Eesti_Vabariigi_Tartu_Ulikool, lk 87
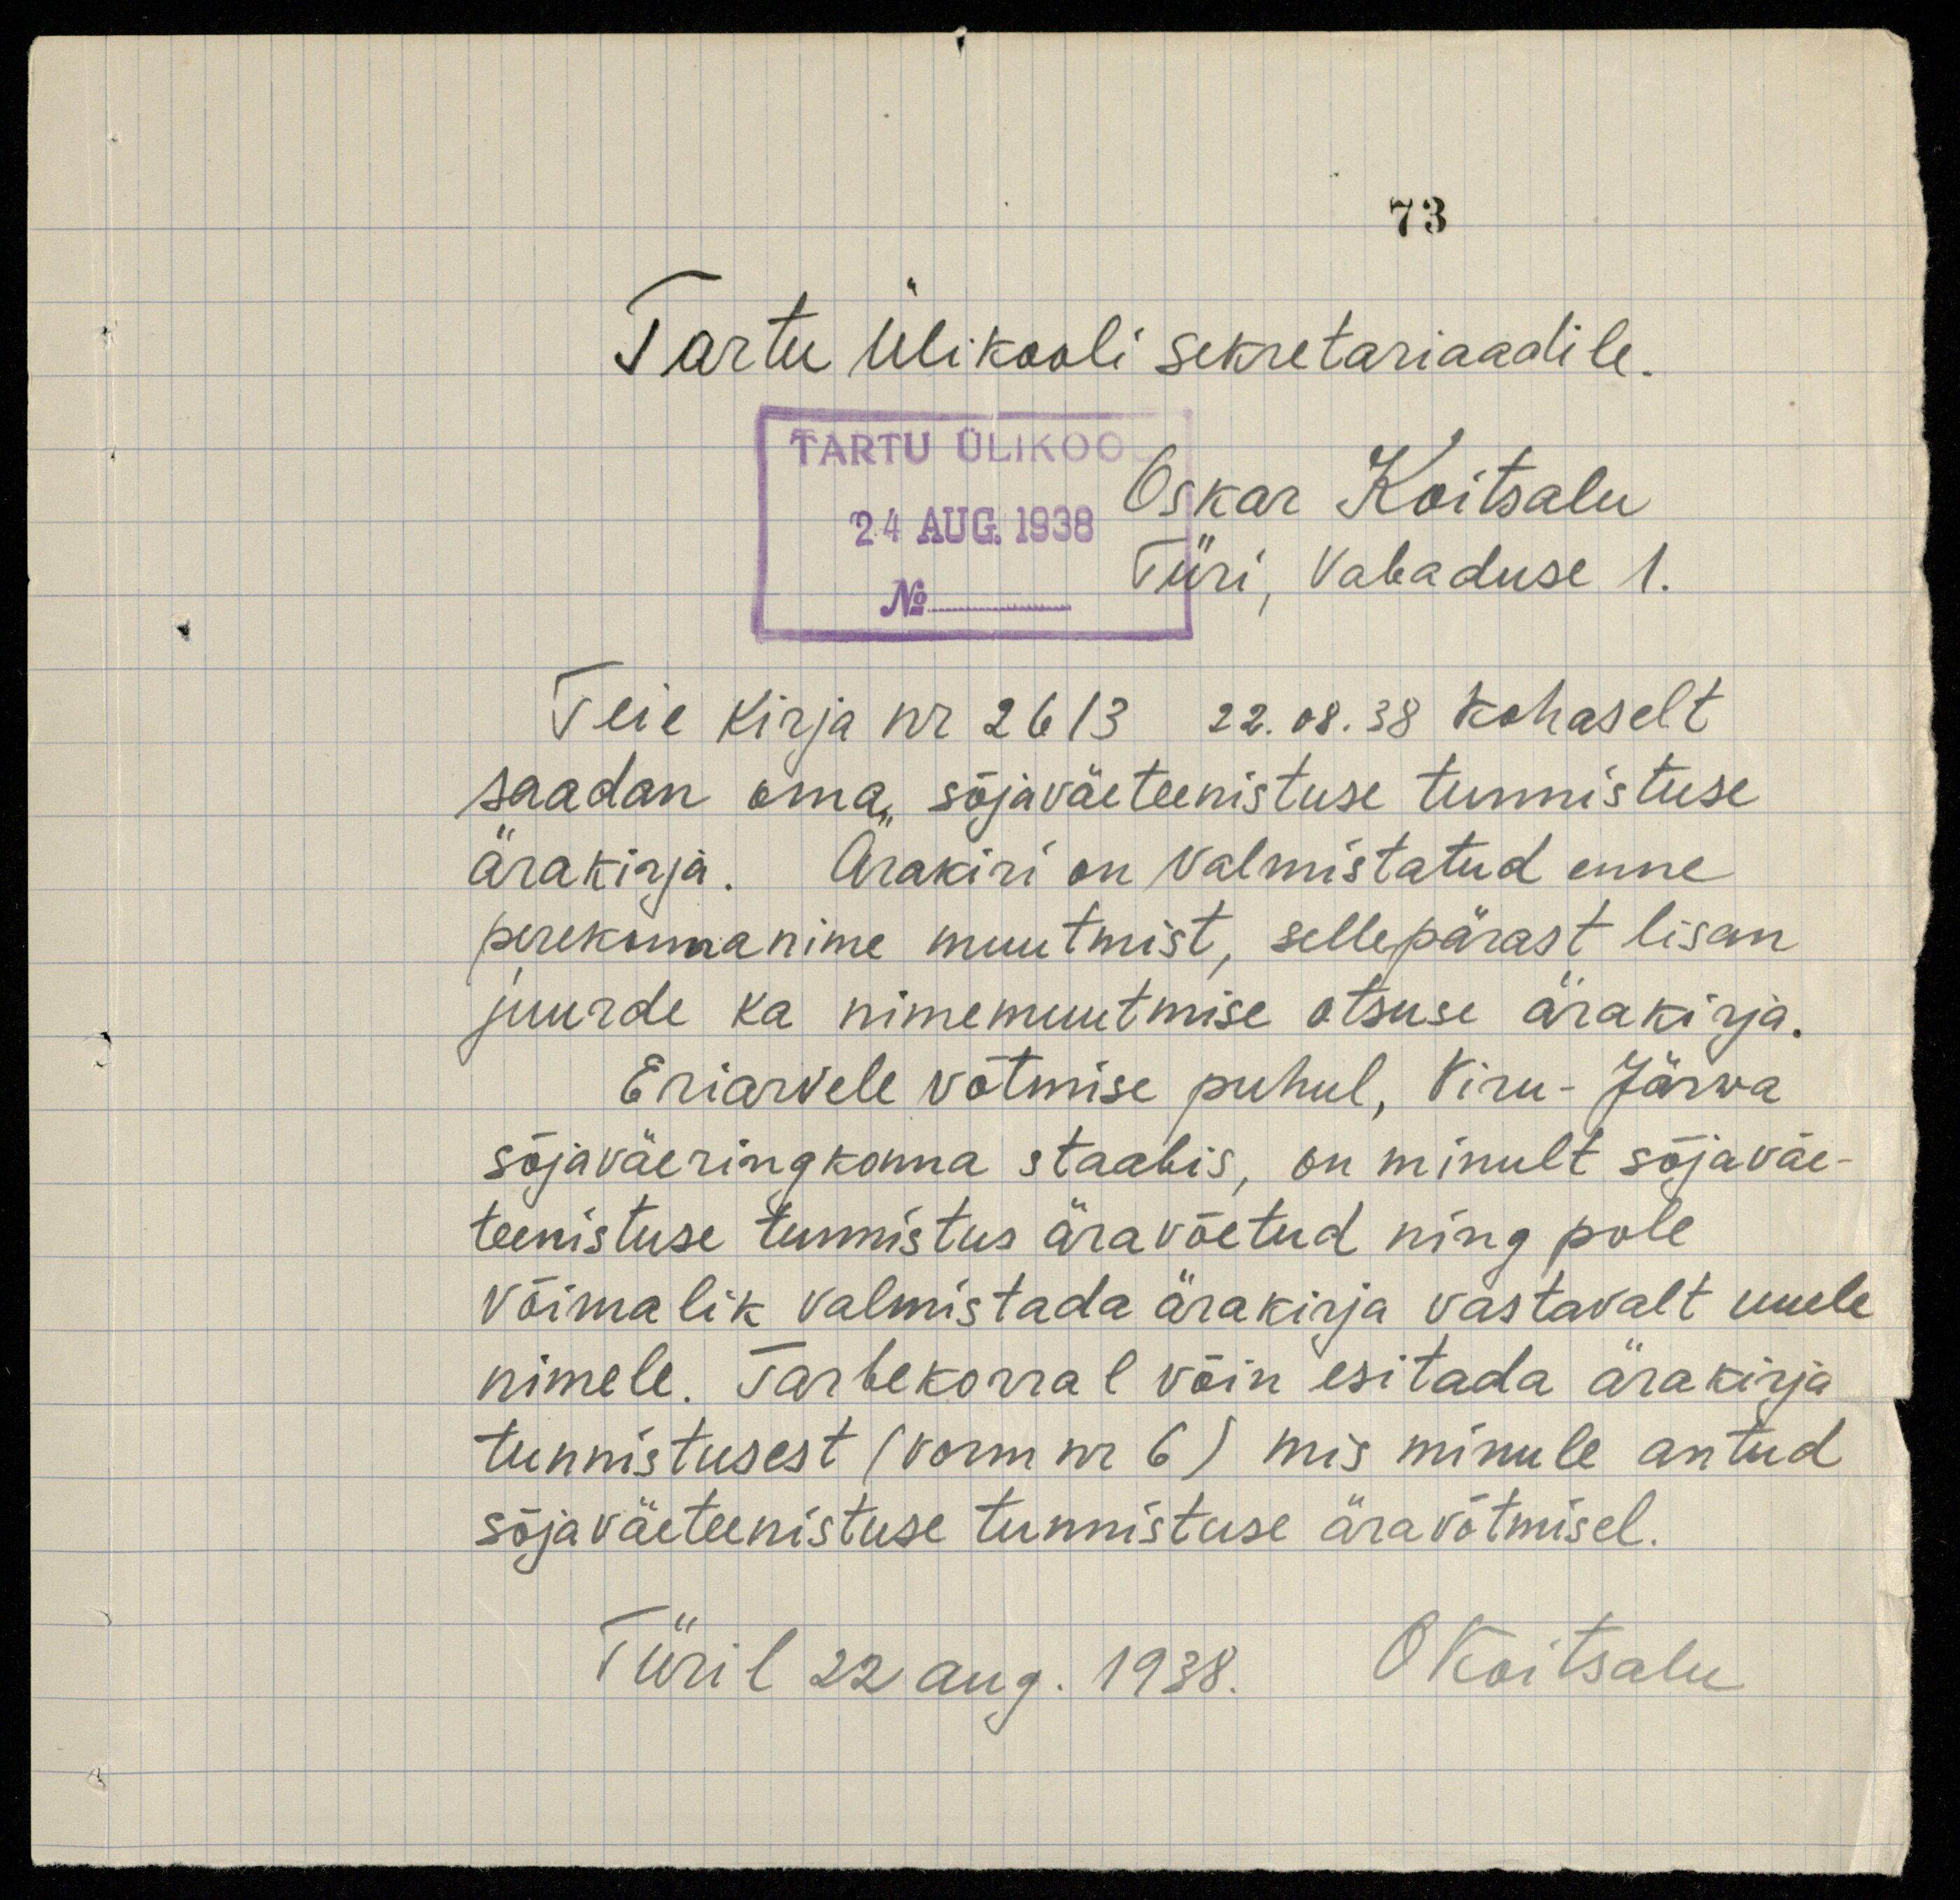
73
Tartu Ülikooli sekretariaadile.
TARTU ÜLIKOOL
24 AUG. 1938
Oskar Koitsalu
No
Türi, Vabaduse 1.
Teie kirja nr 2613 22.08.38 kohaselt
saadan oma sõjaväeteenistuse tunnistuse
ärakirja. Ärakiri on valmistatud enne
perekonnanime muutmist, sellepärast lisan
juurde ka nimemuutmise otsuse ärakirja.
Eriarvele võtmise puhul, Viru-Järva
sõjaväeringkonna staabis, on minult sõjaväe-
teenistuse tunnistus äravõetud ning pole
võimalik valmistada ärakirja vastavalt uuele
nimele. Tarbekorral võin esitada ärakirja
tunnistusest (vorm nr 6) mis minule antud
sõjaväeteenistuse tunnistuse äravõtmisel.
Türil 22 aug. 1938. O Koitsalu